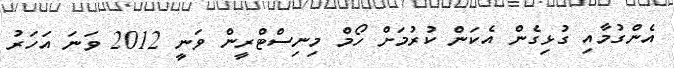
އެންގުމާއި ގުޅިގެން އެކަން ކުރުމަށް ހޯމް މިނިސްޓްރީން ވަނީ 2012 ވަނަ އަހަރު